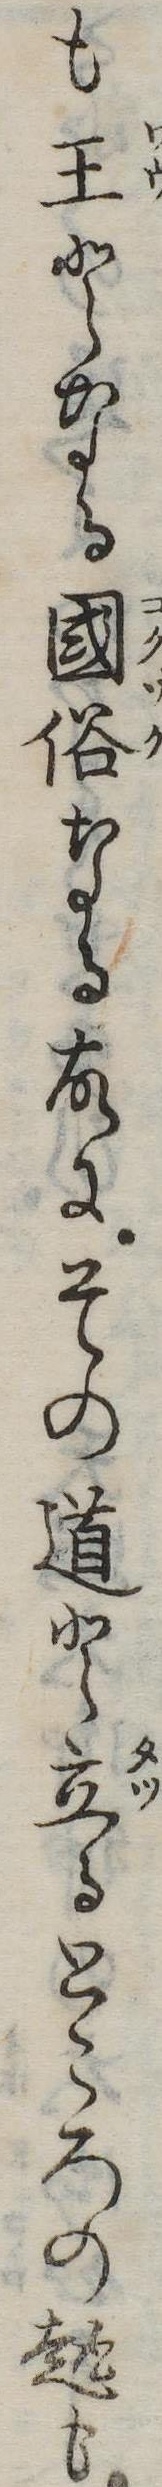
も王となる国俗なる故にその道と立るところの趣も